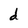
Character: d